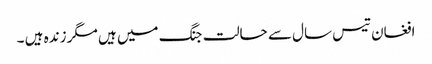
افغان تیس سال سے حالت جنگ میں ہیں مگر زندہ ہیں ۔